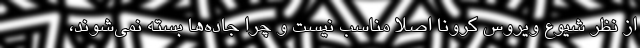
از نظر شیوع ویروس کرونا اصلا مناسب نیست و چرا جاده‌ها بسته نمی‌شوند،